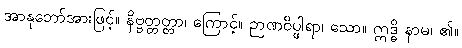
အာနုဘော်အားဖြင့်။ နိဗ္ဗတ္တတ္တာ၊ ကြောင့်။ ဉာဏဝိပ္ဖါရာ၊ သော။ ဣဒ္ဓိ နာမ၊ ၏။